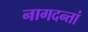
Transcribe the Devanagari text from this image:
नागदन्तां